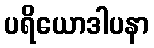
ပရိယောဒါပနာ